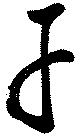
干